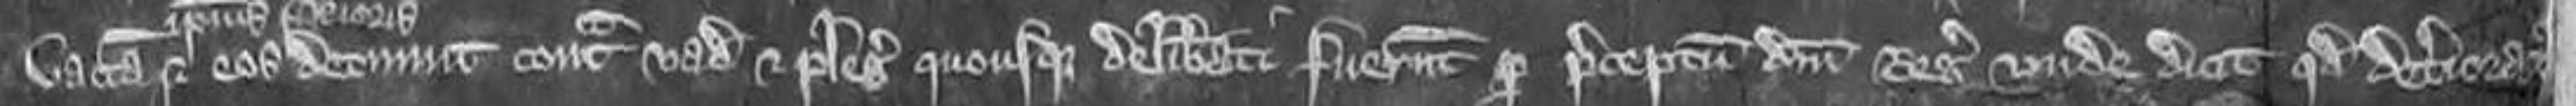
vaccam et eos detinuit contra vadium et plegios quousque deliberati fuerunt per preceptum domini regis unde dicit quod deterioratus